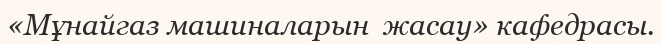
«Мұнайгаз машиналарын  жасау» кафедрасы.